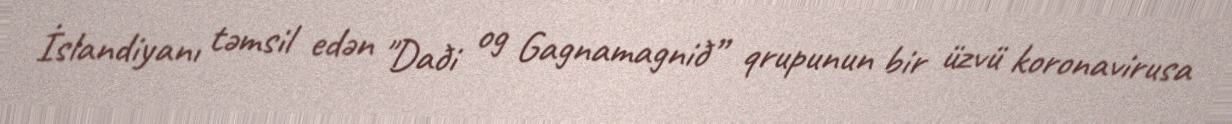
İslandiyanı təmsil edən "Daði og Gagnamagnið” qrupunun bir üzvü koronavirusa